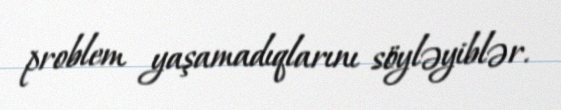
problem yaşamadıqlarını söyləyiblər.